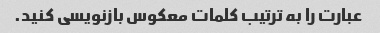
عبارت را به ترتیب کلمات معکوس بازنویسی کنید.